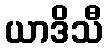
ယာဒိသီ